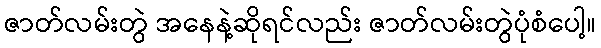
ဇာတ်လမ်းတွဲ အနေနဲ့ဆိုရင်လည်း ဇာတ်လမ်းတွဲပုံစံပေါ့။